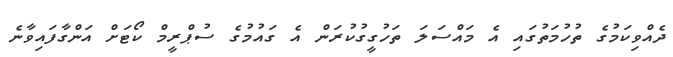
ދެއްވިކަމުގެ ތުހުމަތުގައި އެ މައްސަލަ ތަހުގީގުކުރަން އެ ގައުމުގެ ސުޕްރީމް ކޯޓަށް އަންގާފައިވާނެ